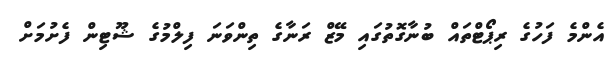
އެންމެ ފަހުގެ ރިޕޯޓްތައް ބުނާގޮތުގައި މޭޒް ރަނާގެ ތިންވަނަ ފިލްމުގެ ޝޫޓިން ފެށުމަށް